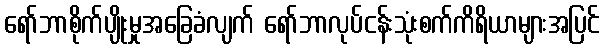
ရော်ဘာစိုက်ပျိုးမှုအခြေခံလျက် ရော်ဘာလုပ်ငန်းသုံးစက်ကိရိယာများအပြင်